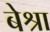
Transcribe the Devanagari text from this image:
बेश्रा